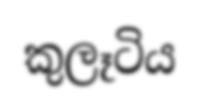
කුලෑටිය